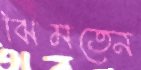
ঝিমতেন